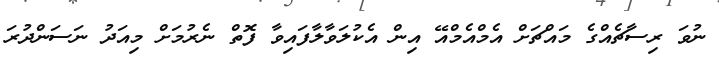
ނުވަ ރިސާޗެއްގެ މައްޗަށް އެމްއެމްއޭ އިން އެކުލަވާލާފައިވާ ފޮތް ނެރުމަށް މިއަދު ނަސަންދުރަ